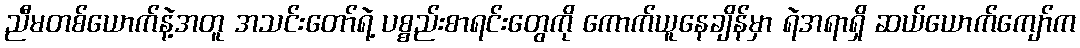
ညီမတစ်ယောက်နဲ့အတူ အသင်းတော်ရဲ့ ပစ္စည်းစာရင်းတွေကို ကောက်ယူနေချိန်မှာ ရဲအရာရှိ ဆယ်ယောက်ကျော်က